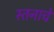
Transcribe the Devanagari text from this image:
स्तनाचे